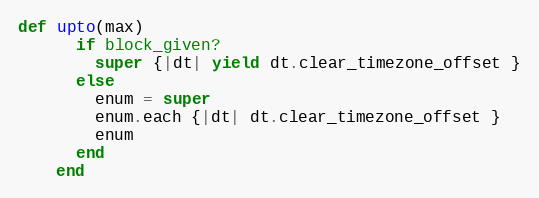
Language: Ruby
def upto(max)
      if block_given?
        super {|dt| yield dt.clear_timezone_offset }
      else
        enum = super
        enum.each {|dt| dt.clear_timezone_offset }
        enum
      end
    end